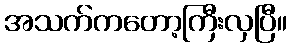
အသက်ကတော့ကြီးလှပြီ။